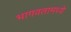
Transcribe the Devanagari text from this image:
भागवतामध्ये